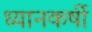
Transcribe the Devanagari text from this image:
ध्यानकर्षी